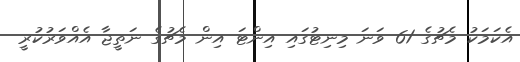
އެކަމަކު މެޗުގެ 61 ވަނަ މިނިޓުގައި އިންޓަ އިން މެޗުގެ ނަތީޖާ އެއްވަރުކުރީ